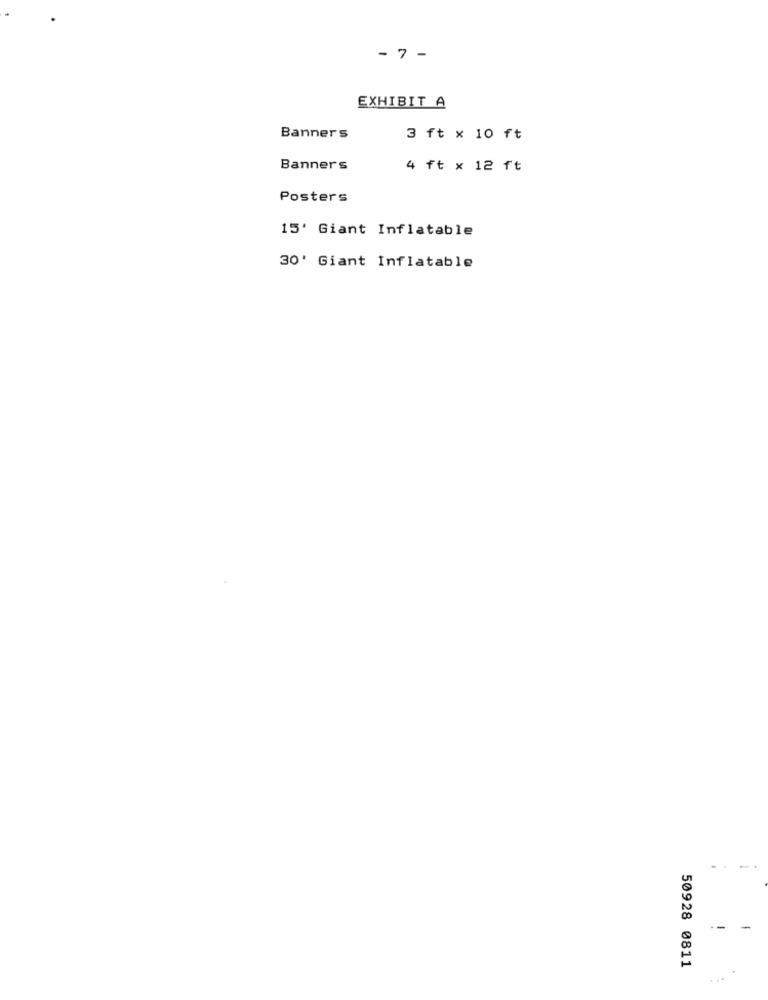
- 7 -
EXHIBIT A
Banners
3 ft x 10 ft
Banners
4 ft x 12 ft
Posters
15' Giant Inflatable
30' Giant Inflatable
--
50928 0811